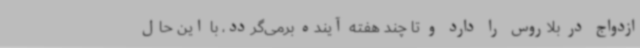
ازدواج در بلاروس را دارد و تا چند هفته آینده برمی‌گردد، با این حال